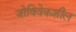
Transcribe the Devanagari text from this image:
जोविवेकशील